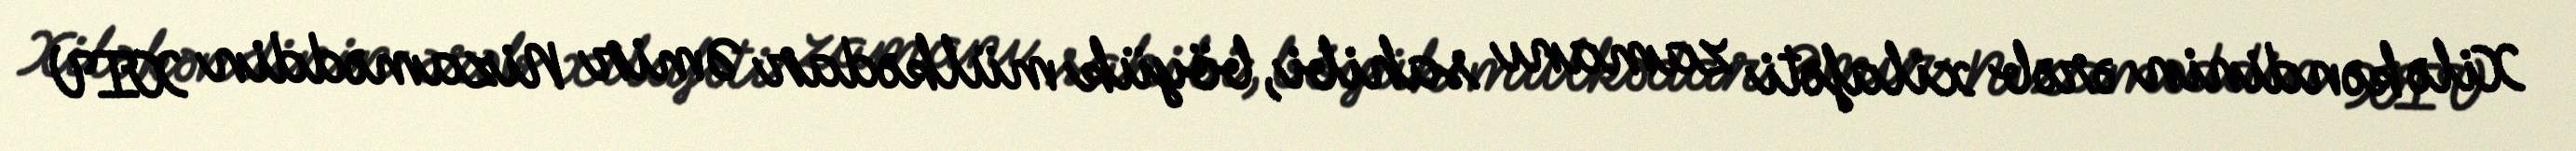
Xilə kəndinin ərəb xilafəti zamanı sahibi, böyük mülkədar Əmir Nizaməddin XIV